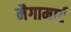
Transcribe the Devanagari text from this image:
मैगामार्ट